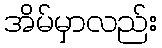
အိမ်မှာလည်း